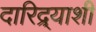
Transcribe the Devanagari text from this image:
दारिद्र्‍याशी